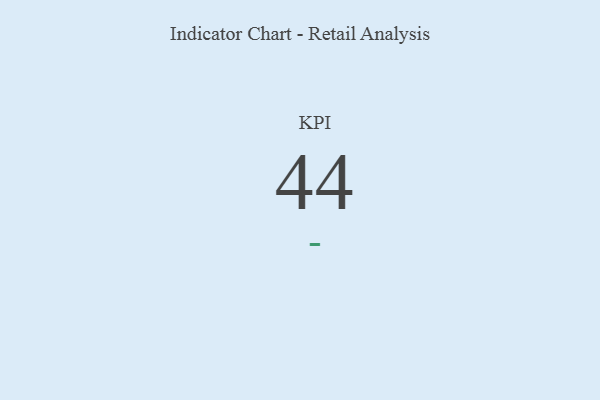
{"axis": {"x": "KPI", "y": "Value"}, "legend": [""], "data": [{"x": "KPI", "y": 44, "type": ""}]}